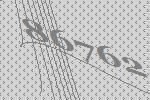
86762